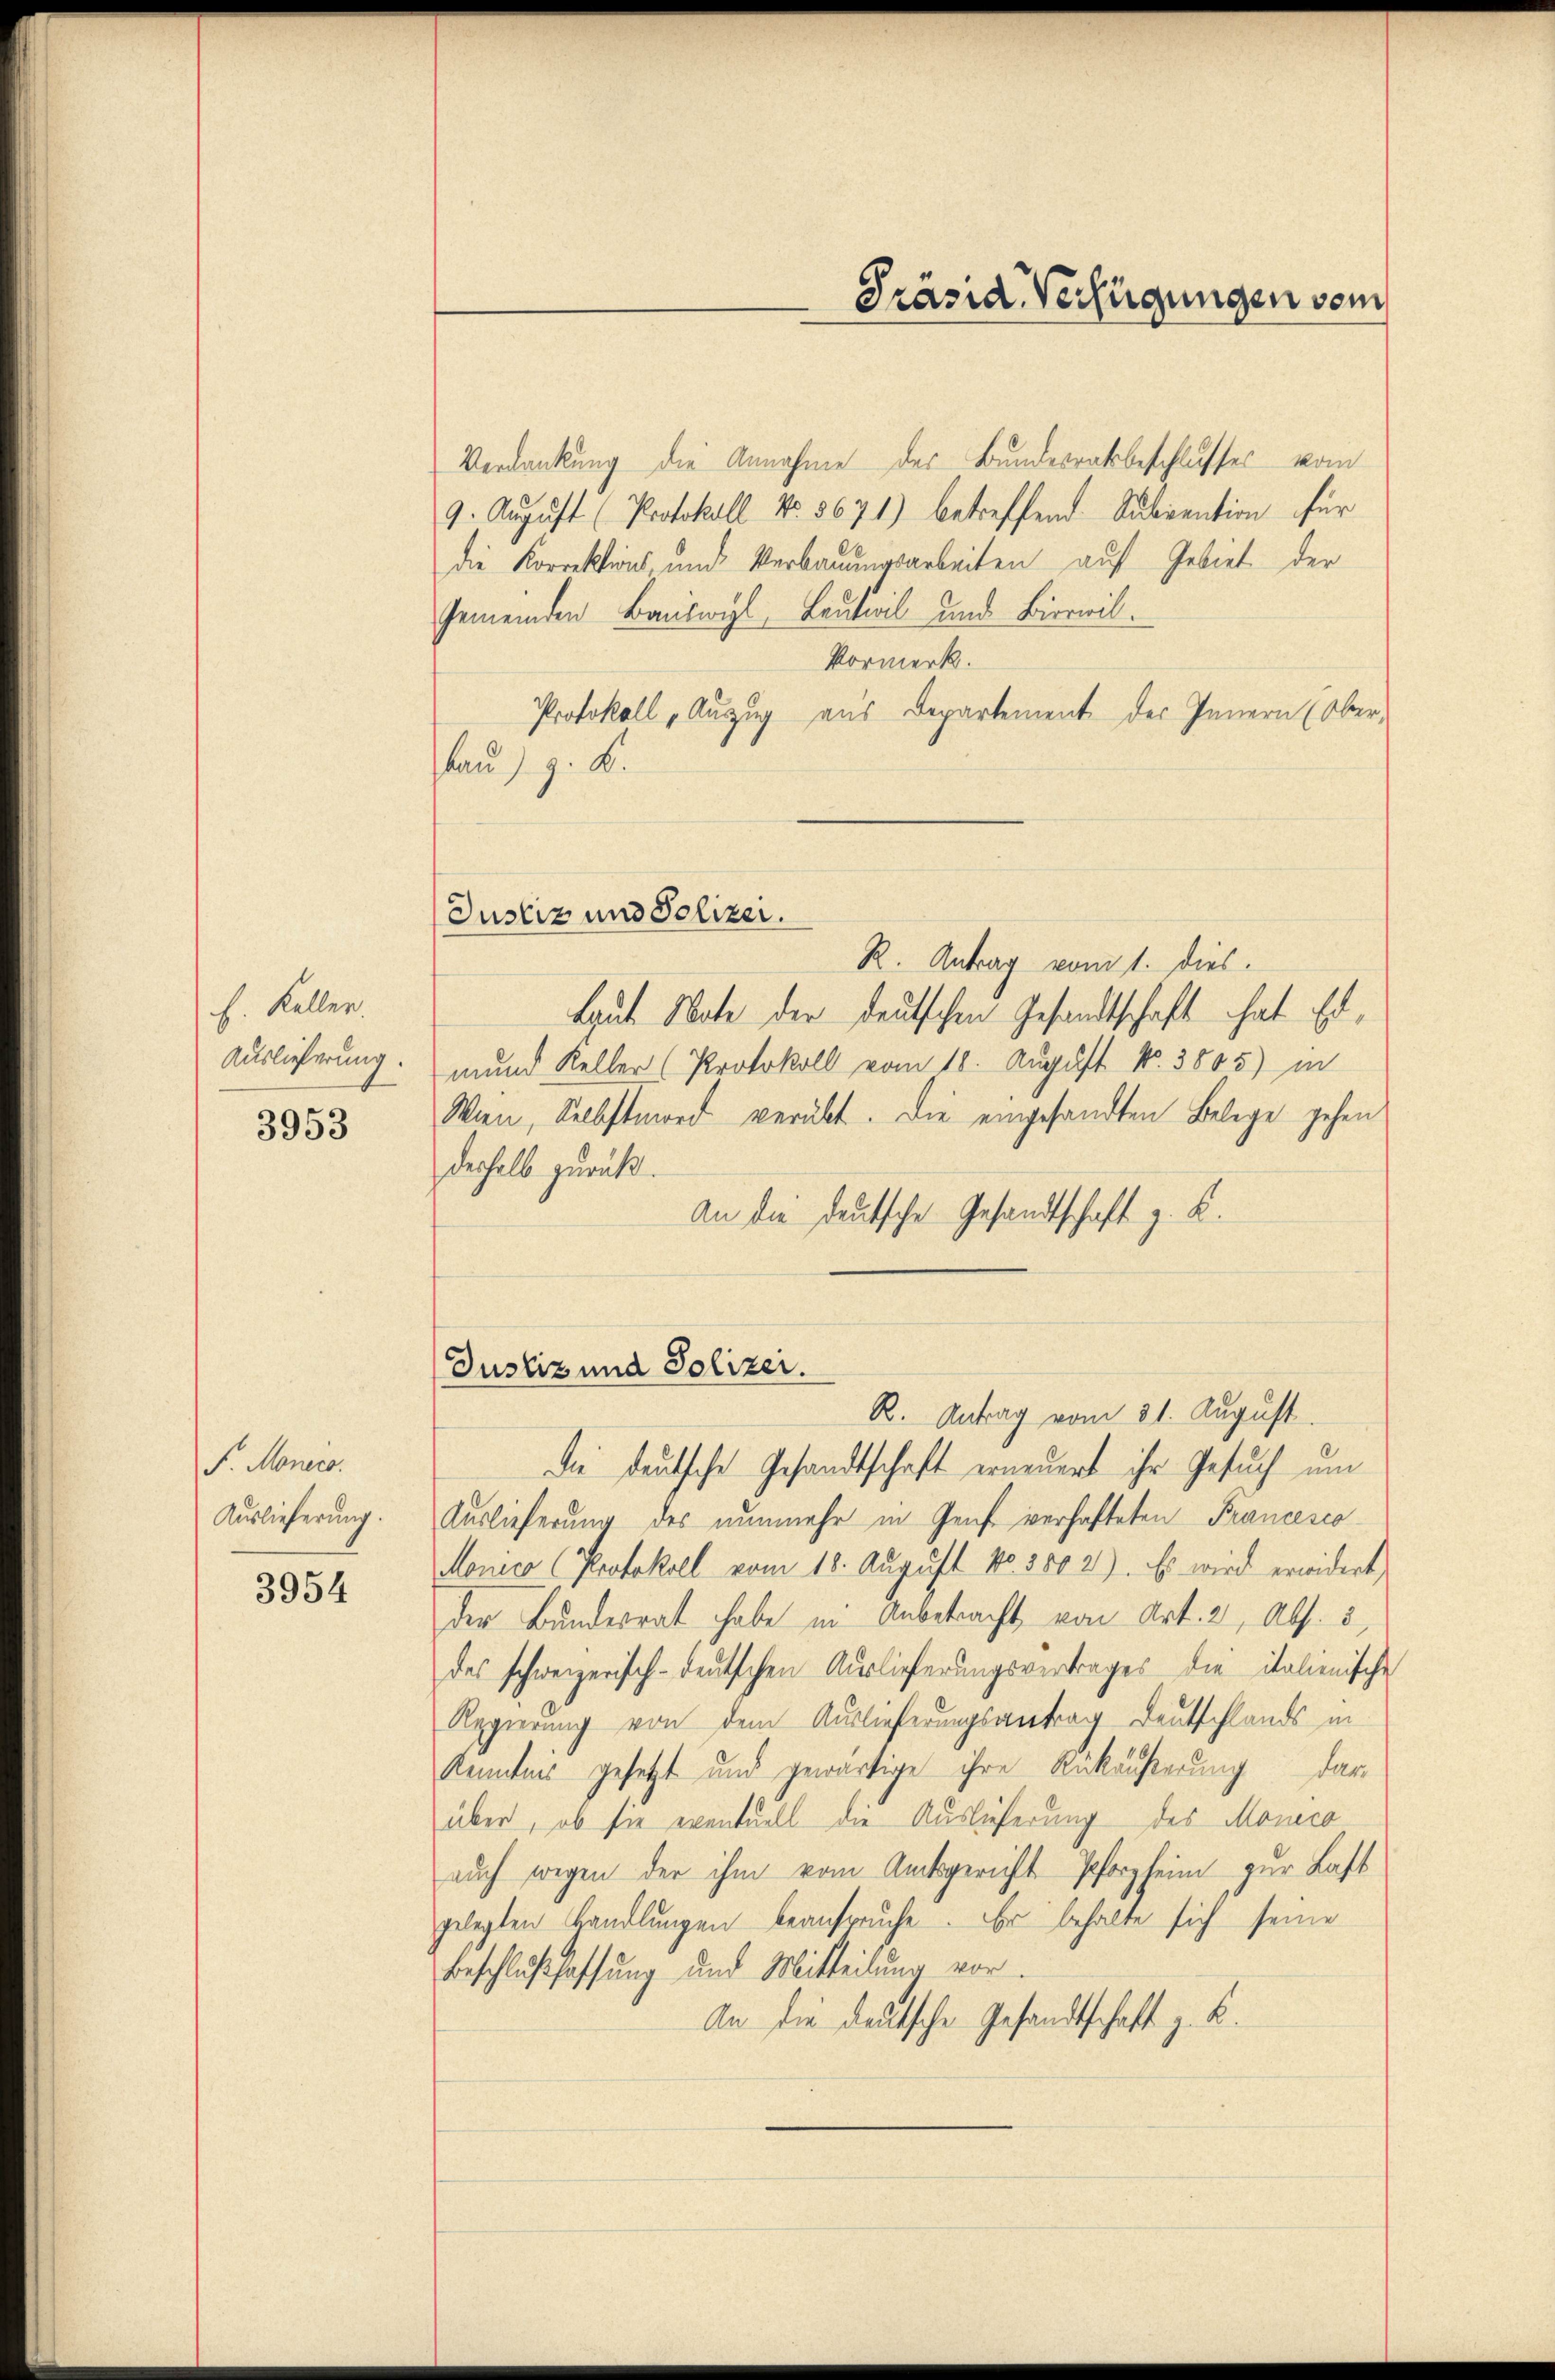
h. Kellen

3953

F. Monero.
Auslieferung.

3954

Verdankung die Annahme des Bundesratsbeschlusses vom
9. August (Protokoll No. 5671) betreffend Subvention für
die Korrektions- und Verbauungsarbeiten auf Gebiet der
Gemeinden Bauswyl, Leutwil und Bierwil.
Vormerk.
Protokoll „Auszug aus Departement des Innern (Ober-
bau) z. B.
Justiz und Polizei.
R. Antrag vom 1. dies
Baute Note der deutschen Gesandtschaft hat Er¬
Auslieferung: mund Keller (Protokoll vom 18. August No. 3805) in
Wien, Selbstmord verübt. Die eingesandten Belege gehen
derhalb zurück.
An die deutsche Gesandtschaft z. B.

Präsid. Verfügungen vom

Justiz und Polizei.
R. Antrag vom 21. August.
die deutsche Gesandtschaft erneuert ihr Gesuch um

Auslieferung des nunmehr in Genf verhafteten Francesco
Monico (Protokoll vom 18. August No. 5802). Es wird erwidert
der Bundesrat habe in Anbetracht, von Art. 2, Abs. 3,
des schweizerisch-deutschen Auslieferungsvertrages die italienische
Regierung von dem Auslieferungsantrag Deutschlands in
Kenntnis gesetzt und gewärtige ihre Rükäußerung darüber, ob sie eventuell die Auslieferung des Monico
auch wegen der ihm vom Amtsgericht Pforzheim zur Last
gelegten Handlungen beanspruche. Er behalte sich seine
Beschlußfassung und Mitteilung vor.
An die deutsche Gesandtschaft z. B.